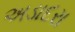
અડાદરા